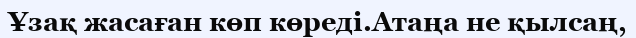
Ұзақ жасаған көп көреді.Атаңа не қылсаң,